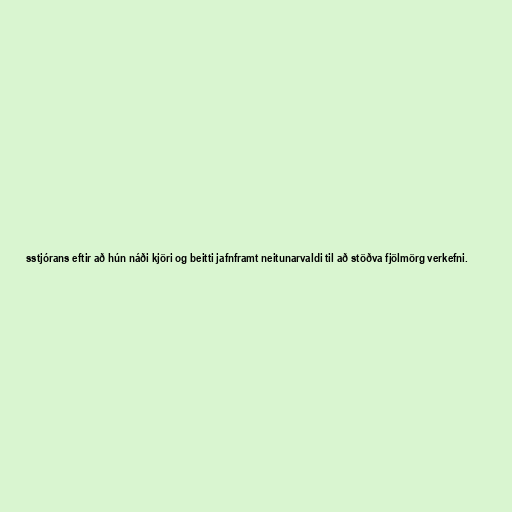
sstjórans eftir að hún náði kjöri og beitti jafnframt neitunarvaldi til að stöðva fjölmörg verkefni.